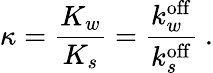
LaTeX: \kappa=\frac{K_{w}}{K_{s}}=\frac{k_{w}^{\mathrm{off}}}{k_{s}^{\mathrm{off}}}~.